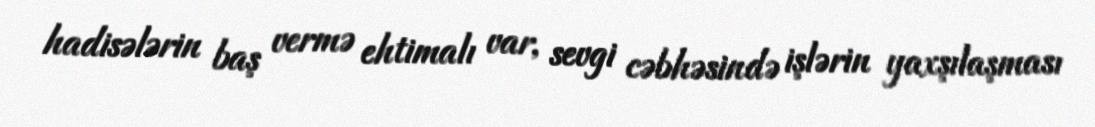
hadisələrin baş vermə ehtimalı var, sevgi cəbhəsində işlərin yaxşılaşması